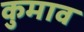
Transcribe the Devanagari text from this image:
कुमाव